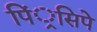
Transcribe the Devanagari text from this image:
पिं्रसिपे